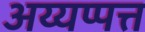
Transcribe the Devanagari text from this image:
अय्यप्पत्त